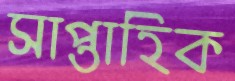
সাপ্তাহিক